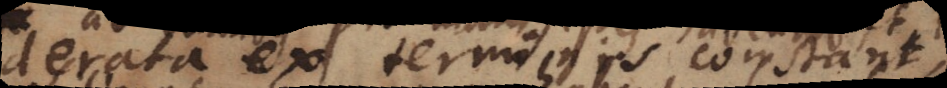
derata ex terminis constant